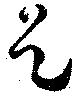
是